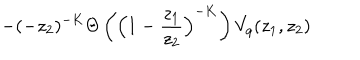
- ( - z _ { 2 } ) ^ { - K } \Theta \left( \Big ( 1 - \frac { z _ { 1 } } { z _ { 2 } } \Big ) ^ { - K } \right) V _ { q } ( z _ { 1 } , z _ { 2 } )